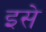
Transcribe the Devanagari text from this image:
इसे